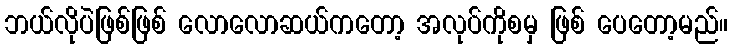
ဘယ်လိုပဲဖြစ်ဖြစ် လောလောဆယ်ကတော့ အလုပ်ကိုစမှ ဖြစ် ပေတော့မည်။